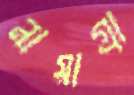
নায়াগ্রা